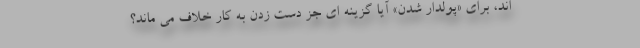
اند، برای «پولدار شدن» آیا گزینه ای جز دست زدن به کار خلاف می ماند؟